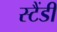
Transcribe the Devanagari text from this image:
स्टैंडी